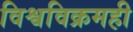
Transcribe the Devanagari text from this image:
विश्वविक्रमही